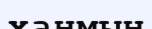
ханмын